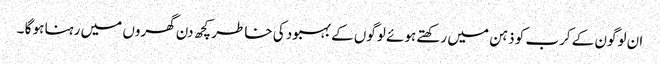
ان لوگون کے کرب کو ذہن میں رکھتے ہوئے لوگوں کے بہبود کی خاطر کچھ دن گھروں میں رہنا ہو گا ۔